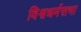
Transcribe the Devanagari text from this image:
विश्वधर्मसभा